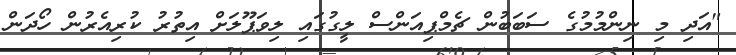
"އަދި މި ނިންމުމުގެ ސަބަބުން ޗެމްޕިއަންސް ލީގުގައި ލިވަޕޫލަށް އިތުރު ކުރިއެރުން ހޯދަން